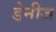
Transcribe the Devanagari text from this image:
डेनीज